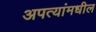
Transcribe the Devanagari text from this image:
अपत्यांमधील